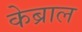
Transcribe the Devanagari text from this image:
केब्राल